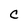
Character: C